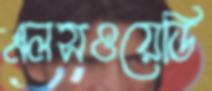
এলসওয়েডি